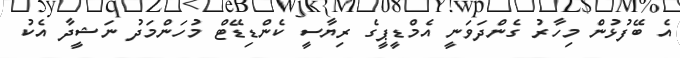
އެ ބޭފުޅުން މިހާރު ގެންދަވަނީ އެމްޑީޕީގެ ރިޔާސީ ކެންޑިޑޭޓް މުހަންމަދު ނަޝީދާ އެކު